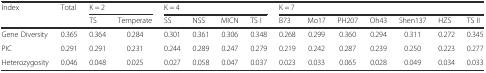
| <ROWSPAN=2> Index | <ROWSPAN=2> Total | <COLSPAN=2> K = 2 | <COLSPAN=4> K = 4 | <COLSPAN=7> K = 7 |
 | TS | Temperate | SS | NSS | MICN | TS I | B73 | Mo17 | PH207 | Oh43 | Shen137 | HZS | TS II |
 | --- | --- | --- | --- | --- | --- | --- | --- | --- | --- | --- | --- | --- | --- | --- |
 | Gene Diversity | 0.365 | 0.364 | 0.284 | 0.301 | 0.361 | 0.306 | 0.348 | 0.268 | 0.299 | 0.360 | 0.294 | 0.311 | 0.272 | 0.345 |
 | PIC | 0.291 | 0.291 | 0.231 | 0.244 | 0.289 | 0.247 | 0.279 | 0.219 | 0.242 | 0.287 | 0.239 | 0.250 | 0.223 | 0.277 |
 | Heterozygosity | 0.046 | 0.048 | 0.025 | 0.027 | 0.058 | 0.047 | 0.037 | 0.023 | 0.033 | 0.065 | 0.028 | 0.049 | 0.034 | 0.033 |